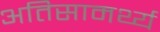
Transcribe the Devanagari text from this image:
अतिसामर्थ्य